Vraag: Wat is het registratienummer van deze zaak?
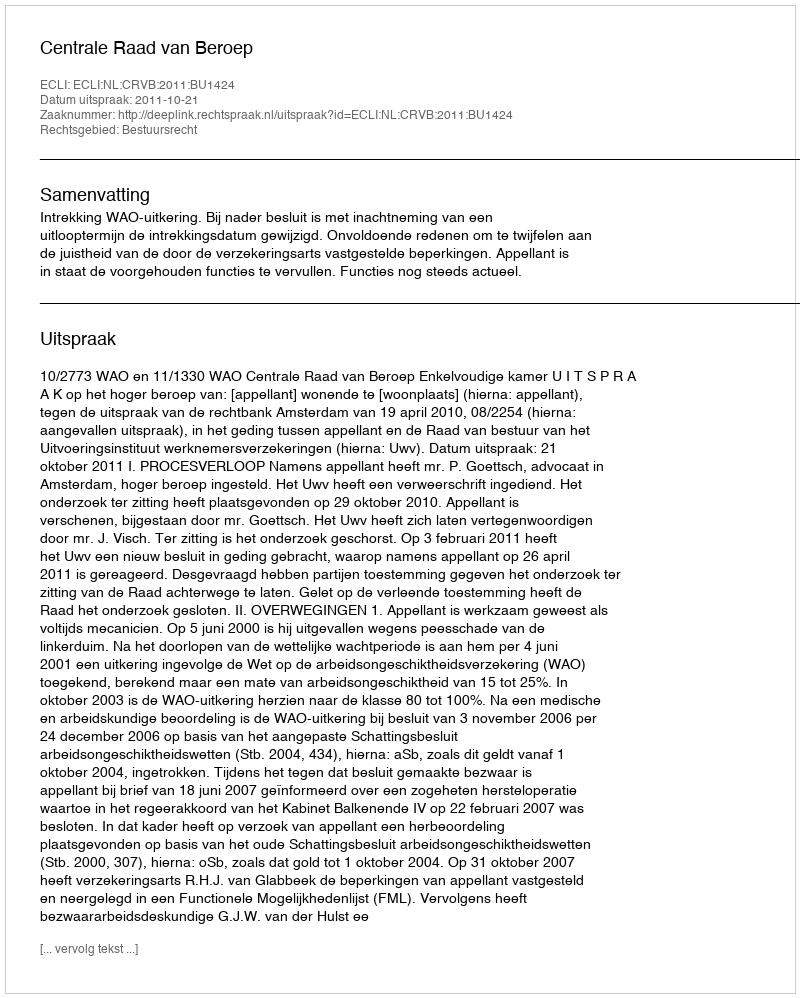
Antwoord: http://deeplink.rechtspraak.nl/uitspraak?id=ECLI:NL:CRVB:2011:BU1424